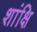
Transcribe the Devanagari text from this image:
शांक्षि